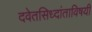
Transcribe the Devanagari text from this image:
दवेतसिध्दांताविषयी